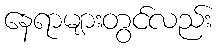
နေရာများတွင်လည်း